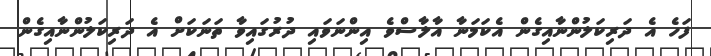
ފަހެ އެ ދަރިކަލުންނާއިގެން އެކަމަނާ އާލާސްވެ އިންނަވައި ދުރުގައިވާ ތަނަކަށް އެ ދަރިކަލުންނާއިގެން